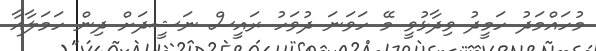
މުހައްމަދު ހަމީދު ވިދާޅުވީ މޭ ހަވަނަ ދުވަހު ރައީސް ނަޝީދަށް ދިން ހަމަލާއާ